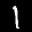
Label: 1